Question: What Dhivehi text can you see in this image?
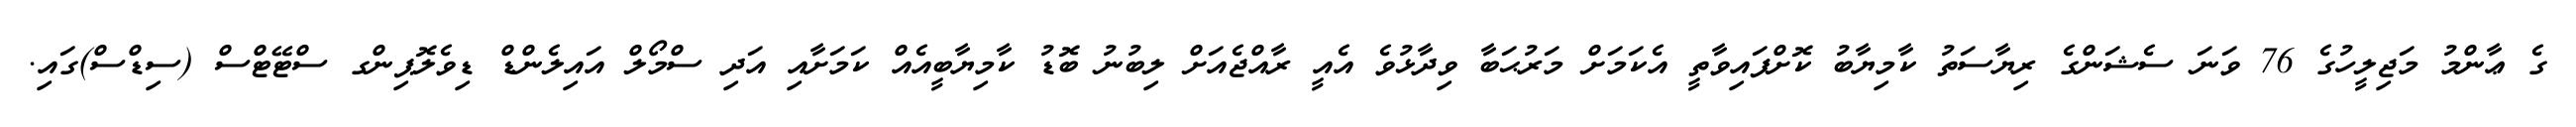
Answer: ގެ ޢާންމު މަޖިލީހުގެ 76 ވަނަ ސެޝަންގެ ރިޔާސަތު ކާމިޔާބު ކޮށްފައިވާތީ އެކަމަށް މަރުޙަބާ ވިދާޅުވެ އެއީ ރާއްޖެއަށް ލިބުނު ބޮޑު ކާމިޔާބީއެއް ކަމަށާއި އަދި ސްމޯލް އައިލެންޑް ޑިވެލޮޕިންގ ސްޓޭޓްސް (ސިޑްސް)ގައި.